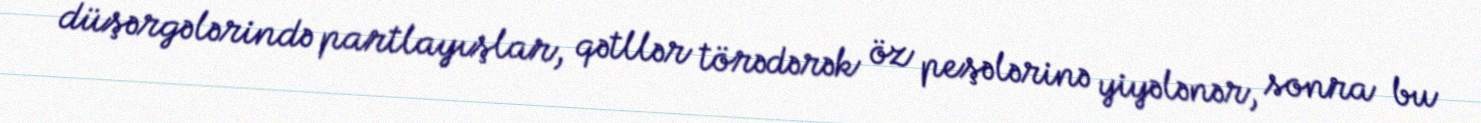
düşərgələrində partlayışlar, qətllər törədərək öz peşələrinə yiyələnər, sonra bu